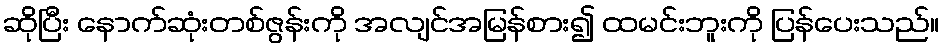
ဆိုပြီး နောက်ဆုံးတစ်ဇွန်းကို အလျင်အမြန်စား၍ ထမင်းဘူးကို ပြန်ပေးသည်။